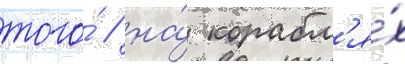
того́ / на́ корабл'я́х